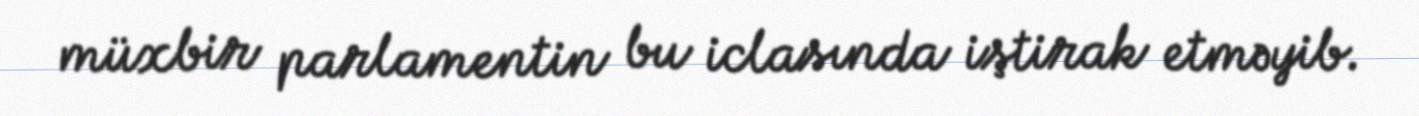
müxbir parlamentin bu iclasında iştirak etməyib.